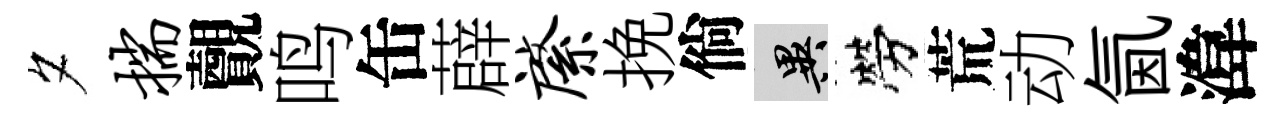
夕揣覿鸣缶薜綮挽倘异勞荒动氤湋